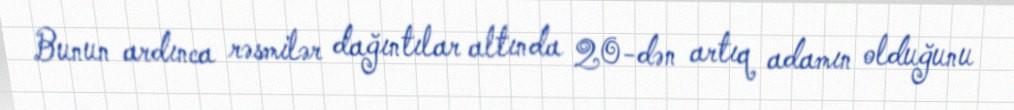
Bunun ardınca rəsmilər dağıntılar altında 20-dən artıq adamın olduğunu